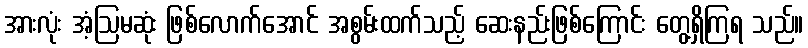
အားလုံး အံ့ဩမဆုံး ဖြစ်လောက်အောင် အစွမ်းထက်သည့် ဆေးနည်းဖြစ်ကြောင်း တွေ့ရှိကြရ သည်။